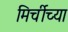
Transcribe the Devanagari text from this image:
मिर्चीच्या